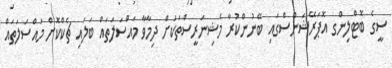
ސީގެ ބޮޓްލިންގ އޮޕަރޭޝަންސްގައި ބޭނުންކުރާ މެޝިނަރީސްތަކަށް ދިމާވާ މައްސަލަތައް ބަލައި ޗެކްކޮށް މައްސަލަތައް